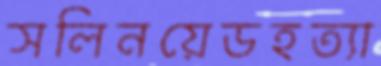
সলিনয়েডহত্যা